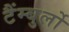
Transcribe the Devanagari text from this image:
टैंम्बुर्लो